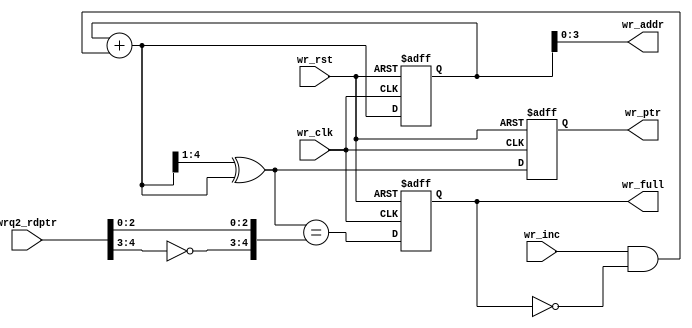
/* Copyright (c) 2013 by the author(s)
 *
 * Permission is hereby granted, free of charge, to any person obtaining a copy
 * of this software and associated documentation files (the "Software"), to deal
 * in the Software without restriction, including without limitation the rights
 * to use, copy, modify, merge, publish, distribute, sublicense, and/or sell
 * copies of the Software, and to permit persons to whom the Software is
 * furnished to do so, subject to the following conditions:
 *
 * The above copyright notice and this permission notice shall be included in
 * all copies or substantial portions of the Software.
 *
 * THE SOFTWARE IS PROVIDED "AS IS", WITHOUT WARRANTY OF ANY KIND, EXPRESS OR
 * IMPLIED, INCLUDING BUT NOT LIMITED TO THE WARRANTIES OF MERCHANTABILITY,
 * FITNESS FOR A PARTICULAR PURPOSE AND NONINFRINGEMENT. IN NO EVENT SHALL THE
 * AUTHORS OR COPYRIGHT HOLDERS BE LIABLE FOR ANY CLAIM, DAMAGES OR OTHER
 * LIABILITY, WHETHER IN AN ACTION OF CONTRACT, TORT OR OTHERWISE, ARISING FROM,
 * OUT OF OR IN CONNECTION WITH THE SOFTWARE OR THE USE OR OTHER DEALINGS IN
 * THE SOFTWARE.
 *
 * =============================================================================
 *
 * Author(s):
 *   Mark Sagi <mark.sagi@mytum.de>
 */
module cdc_wrptr_full(/*AUTOARG*/
   // Outputs
   wr_full, wr_addr, wr_ptr,
   // Inputs
   wrq2_rdptr, wr_inc, wr_clk, wr_rst
   );

   parameter ADDRSIZE = 4;

   input [ADDRSIZE:0] wrq2_rdptr;
   input wr_inc, wr_clk, wr_rst;

   output reg              wr_full;
   output [ADDRSIZE-1:0]   wr_addr; //memory write-address pointer
   output reg [ADDRSIZE:0] wr_ptr;

   reg [ADDRSIZE:0] wbin;
   wire [ADDRSIZE:0] wgraynext, wbinnext;

   //Gray pointer
   always @(posedge wr_clk or negedge wr_rst) begin
      if (!wr_rst) begin
         {wbin, wr_ptr} <= 0;
      end else begin
         {wbin, wr_ptr} <= {wbinnext, wgraynext};
      end
   end

   assign wr_addr = wbin[ADDRSIZE-1:0];

   assign wbinnext = wbin + (wr_inc & ~wr_full);
   assign wgraynext = (wbinnext>>1) ^ wbinnext;

   // Full test:
   // If MSB and MSB-1 bit of wgraynext pointer != wrq2_rdptr
   // AND MSB-2:0 bits of wgraynext pointer == wrq2_rdptr
   // => FIFO Full
   wire wfull_val;
   assign wfull_val = (wgraynext == {~wrq2_rdptr[ADDRSIZE:ADDRSIZE-1],
                                     wrq2_rdptr[ADDRSIZE-2:0]});

   always @(posedge wr_clk or negedge wr_rst) begin
      if (!wr_rst) begin
         wr_full <= 1'b0;
      end else begin
         wr_full <= wfull_val;
      end
   end

endmodule